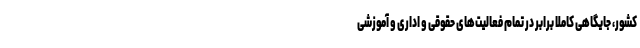
کشور، جایگاهی کاملا برابر در تمام فعالیت‌های حقوقی و اداری و آموزشی